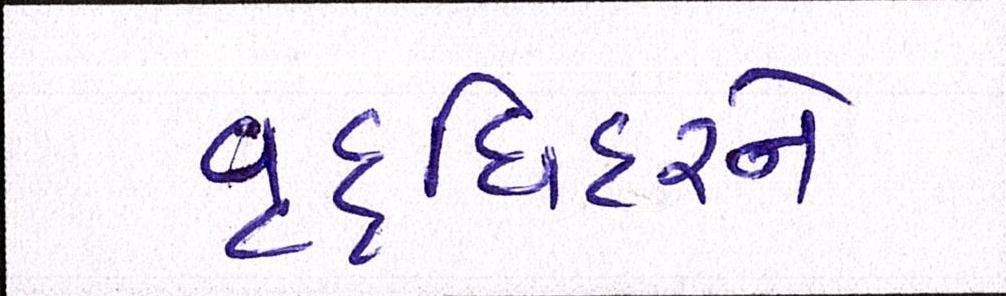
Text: વૃદ્ધિદરને